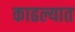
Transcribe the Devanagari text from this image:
काढल्यात